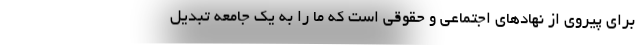
برای پیروی از نهادهای اجتماعی و حقوقی است که ما را به یک جامعه تبدیل